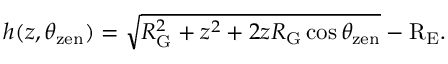
h ( z , \theta _ { \mathrm { z e n } } ) = \sqrt { R _ { \mathrm { G } } ^ { 2 } + z ^ { 2 } + 2 z R _ { \mathrm { G } } \cos \theta _ { \mathrm { z e n } } } - \mathrm { R _ { E } } .